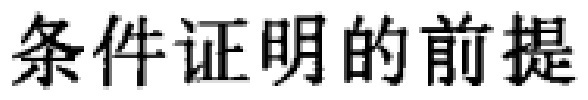
条件证明的前提